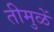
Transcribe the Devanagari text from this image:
तीमुळें